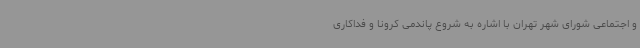
و اجتماعی شورای شهر تهران با اشاره به شروع پاندمی کرونا و فداکاری